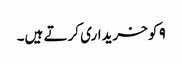
۹ کو خریداری کرتے ہیں۔